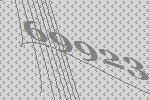
69923